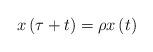
LaTeX: \begin{align*}x\left( \tau +t\right) =\rho x\left( t\right) \end{align*}